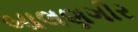
બાલણગીર